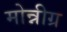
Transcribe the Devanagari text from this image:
मोन्नीग्र